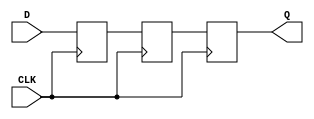
module register_nonblock_front_to_back (
	input D, CLK,
	output reg Q);
	
	reg R1, R2;
	
	always @(posedge CLK)
		begin
			R1 <= D;
			R2 <= R1;
			Q  <= R2;
		end
endmodule